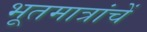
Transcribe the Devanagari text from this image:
भूतमात्रांचें